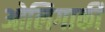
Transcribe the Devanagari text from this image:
ओलिगार्की